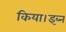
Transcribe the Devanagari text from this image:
किया।इब्न